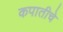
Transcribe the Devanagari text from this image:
कपातीचे